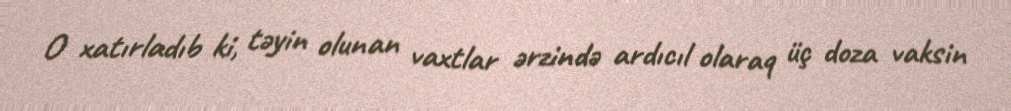
O xatırladıb ki, təyin olunan vaxtlar ərzində ardıcıl olaraq üç doza vaksin